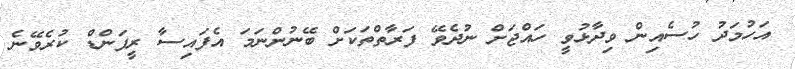
އަހުމަދު ހުސެއިން ވިދާޅުވީ ހައްޖަށް ނުދެވޭ ފަރާތްތަކަށް ބޭނުންނަމަ އެފައިސާ ރީފަންޑް ކުރެވޭނެ